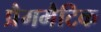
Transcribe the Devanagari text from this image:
प्रैगमैटिक